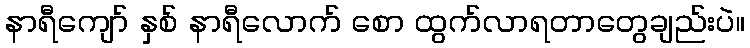
နာရီကျော် နှစ် နာရီလောက် စော ထွက်လာရတာတွေချည်းပဲ။